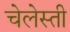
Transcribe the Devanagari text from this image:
चेलेस्ती